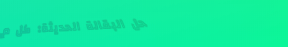
محل البقالة الحديثة: كل م